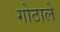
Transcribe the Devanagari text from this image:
गोठाले